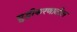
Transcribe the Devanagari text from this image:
शुद्घीकरणातील